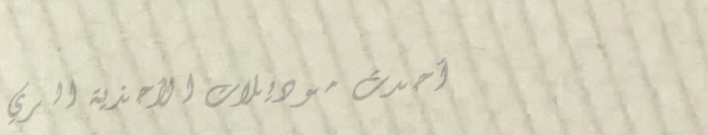
أحدث موديلات الأحذية الري